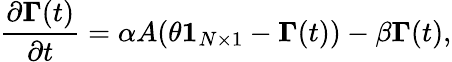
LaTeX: \frac{\partial\boldsymbol{\Gamma}(t)}{\partial t}=\alpha A(\theta\boldsymbol{1}_{N\times 1}-\boldsymbol{\Gamma}(t))-\beta\boldsymbol{\Gamma}(t),